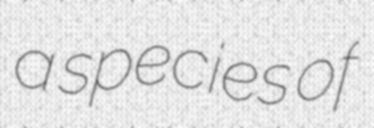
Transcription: a species of